Report of the Municipal Commissioner on the plague in Bombay for the year ending 31st May... - Volume 1
Disease focus: Plague
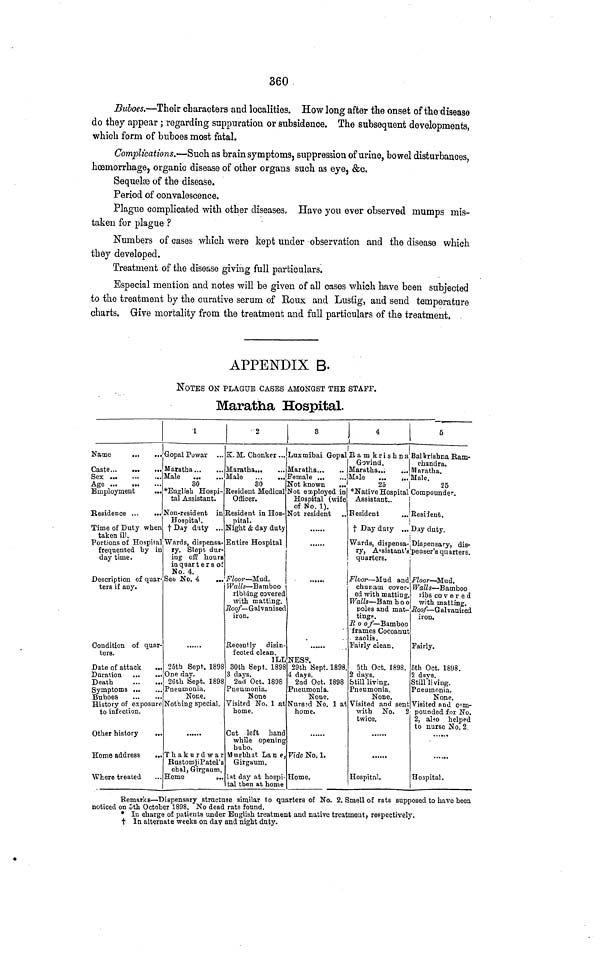
360
Buloes.—Their characters and localities. How long after the onset of the disease
do they appear; regarding suppuration or subsidence. The subsequent developments,
which form of buboes most fatal.
Complications.'—Such as brain symptoms, suppression of urine, bowel disturbances,
hoemorrhage, organic disease of other organs such as eye, &c.
Sequelae of the disease.
Period of convalescence.
Plague complicated with other diseases, Have yon ever observed mumps mis-
taken for plague ?
Numbers of cases which were kept under observation and the disease which
they developed.
Treatment of the disease giving full particulars.
Especial mention and notes will be given of al] cases which have been subjected
to the treatment by the curative serum of Boux and Lusfig, and send temperature
charts. Give mortality from the treatment and full particulars of the treatment.
APPENDIX B-
NOTES ON PLAGUE CASES AMONGST THE STAFF.
Maratha Hospital.
Name
...
...
Caste
Sex
Age
Employment
...
Residence
Time of Duty when
taken ill.
Portions of Hospital
frequented by in
day time.
Description of quar-
ters if any.
Condition of quar-
ters.
Date of attack
Duration ...
Death
Symptoms ...
Bnboes
History of exposure
to infpction.
Other history
..
Home address
Where treated
1
Gopal Powar
Jaratha
Hale
...
...
30
*English Hospi-
tal Assistant.
ifon-resident in
Hospital.
t Day duty ...
Wards, dispensa-
ry. Slept dur-
ing off hours
iuquarter s of
No. 4.
See No. 4
...
......
25th Sept. 1898
One day.
26th Sept. 1898
Pneumonia.
None.
Nothing special.
Thakurdwar
BustomjiPatel's
obal,Girgaum,
Home
,..
2
K.M. Chonker...
Maratha
«
1
1
Lnxmibai Gopal Ramkrishna!
Maratha
Male
Jb'emale
30
~ " "
Resident Medical
Officer.
Resident in Hos-
pital.
Night & day duty
Entire Hospital
Floor — Mud.
Walls— Bamboo
ribbing coverec
with matting.
Hoof— Galvani sec
iron.
Recently disin
fected clean.
ILL
30th Sept. 1898
3 days.
2nd Oct. 1898
Pneumonia.
None
Visited No. 1 at
home.
Cut left hand
while opening
bubo.
Mxisbhat Lan e
Girgaum.
1st day at hospi-
tal then at home
Not known
...
Not employed int
Hospital (wife
of No. 1).
!?ot resident
Govind.
Maratha
5
Balkrishna Ram-
chandra.
Maratha.
Male
...
,.. Male.
25
|
25
""Native Hospital tJompounder.
Assistant..
j
!
Resident
..JResiient.
i
t Day duty ... Day duty.
i
Wards, diapensa-jDispensary, dis-
ry, A 5 sistant's;penser's quarters.
quarters.
!
......
NES?.
29th Sept. 1898.
4 days.
2nd Oct. 1898
Pneumonia.
None.
Nursed No. 1 at
home.
Vide No. 1.
Home.
Floor — Mud and
chunam cover-
ed with matting.
Walls — Bam boo
poles and mat-
tings.
R o of— Bamboo
frames Cocoanut
zaolia .
Fairly clean.
5th Oct. 1898.
2 days.
Still living.
Pneumonia.
None.
Visited and sent
with No. 2
twice.
......
Hospital.
I
!
Floor — Mud.
Walls — Bamboo
ribs co v e r e d
with matting.
Roof— Galvanised
iron.
Fairly.
5th Oct. 1898.
2 days.
Still li ving.
Pneumonia.
None.
Visited nnd com-
pounded for No.
2, also helped
to nurse No. 2.
Hospital.
Remarks—Dispensary structure similar to quarters of No. 2. Smell of rats supposed to have been
noticed on oth October 1898. No dead rats found.
* In charge of patients under English treatment and native treatment, respectively,
t In alternate weeks on day and night duty.